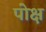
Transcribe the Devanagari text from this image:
पोक्ष